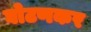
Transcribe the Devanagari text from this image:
घोटणकर